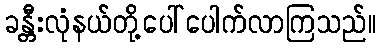
ခန္တီးလုံနယ်တို့ပေါ်ပေါက်လာကြသည်။